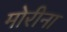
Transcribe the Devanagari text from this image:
मोरीना